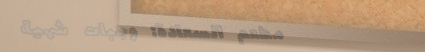
مطعم السعادة: وجبات شهية